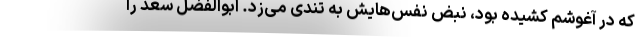
که در آغوشم کشیده بود، نبض نفس‌هایش به تندی می‌زد. ابوالفضل سعد را